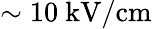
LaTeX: \sim 10~\mathrm{kV/cm}